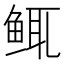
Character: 𫚚